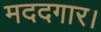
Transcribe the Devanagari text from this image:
मददगार।